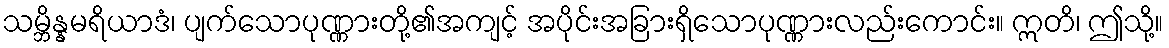
သမ္ဘိန္နမရိယာဒံ၊ ပျက်သောပုဏ္ဏားတို့၏အကျင့် အပိုင်းအခြားရှိသောပုဏ္ဏားလည်းကောင်း။ ဣတိ၊ ဤသို့။